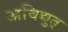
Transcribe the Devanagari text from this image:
अविद्युत्